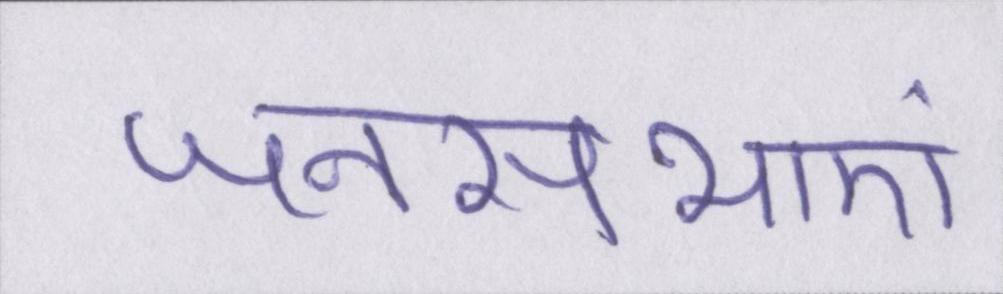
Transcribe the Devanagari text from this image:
जनसभाएं